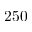
2 5 0